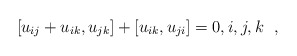
\begin{align*}[u_{ij}+u_{ik},u_{jk}]+[u_{ik},u_{ji}]= 0, i,j,k \ \ ,\end{align*}